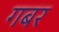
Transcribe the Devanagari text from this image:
गबर